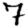
Digit: 7